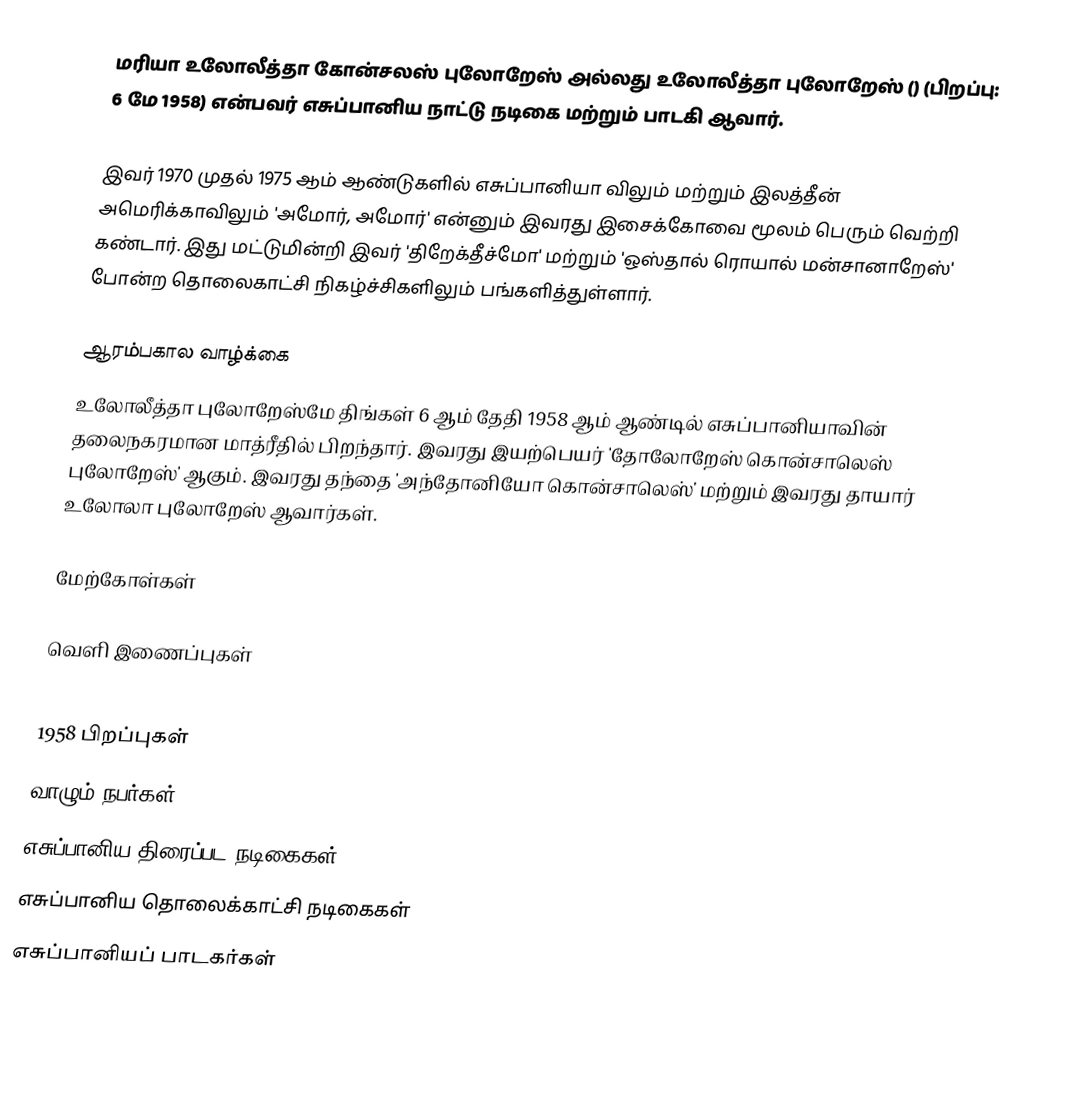
மரியா உலோலீத்தா கோன்சலஸ் புலோறேஸ் அல்லது உலோலீத்தா புலோறேஸ் () (பிறப்பு: 6 மே 1958) என்பவர் எசுப்பானிய நாட்டு நடிகை மற்றும் பாடகி ஆவார்.

இவர் 1970 முதல் 1975 ஆம் ஆண்டுகளில் எசுப்பானியா விலும் மற்றும் இலத்தீன் அமெரிக்காவிலும் 'அமோர், அமோர்' என்னும் இவரது இசைக்கோவை மூலம் பெரும் வெற்றி கண்டார். இது மட்டுமின்றி இவர் 'திறேக்தீச்மோ' மற்றும் 'ஒஸ்தால் ரொயால் மன்சானாறேஸ்' போன்ற தொலைகாட்சி நிகழ்ச்சிகளிலும் பங்களித்துள்ளார்.

ஆரம்பகால வாழ்க்கை
உலோலீத்தா புலோறேஸ்மே திங்கள் 6 ஆம் தேதி 1958 ஆம் ஆண்டில் எசுப்பானியாவின் தலைநகரமான மாத்ரீதில் பிறந்தார். இவரது இயற்பெயர் 'தோலோறேஸ் கொன்சாலெஸ் புலோறேஸ்' ஆகும். இவரது தந்தை 'அந்தோனியோ கொன்சாலெஸ்'  மற்றும் இவரது தாயார் உலோலா புலோறேஸ் ஆவார்கள்.

மேற்கோள்கள்

வெளி இணைப்புகள்

1958 பிறப்புகள்
வாழும் நபர்கள்
எசுப்பானிய திரைப்பட நடிகைகள்
எசுப்பானிய தொலைக்காட்சி நடிகைகள்
எசுப்பானியப் பாடகர்கள்